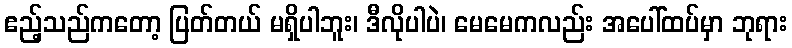
ဧည့်သည်ကတော့ ပြတ်တယ် မရှိပါဘူး၊ ဒီလိုပါပဲ၊ မေမေကလည်း အပေါ်ထပ်မှာ ဘုရား